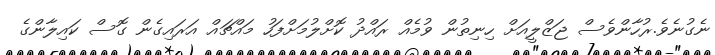
ނެގުނެވެ.ރުހާންވެސް ޖަޒްލީއަށް ހިނިތުން ވުމެއް ރައްދު ކޮށްލުމަށްފަހު މައްޗައް އަރައިގެން ގޮސް ކައިލާންގެ